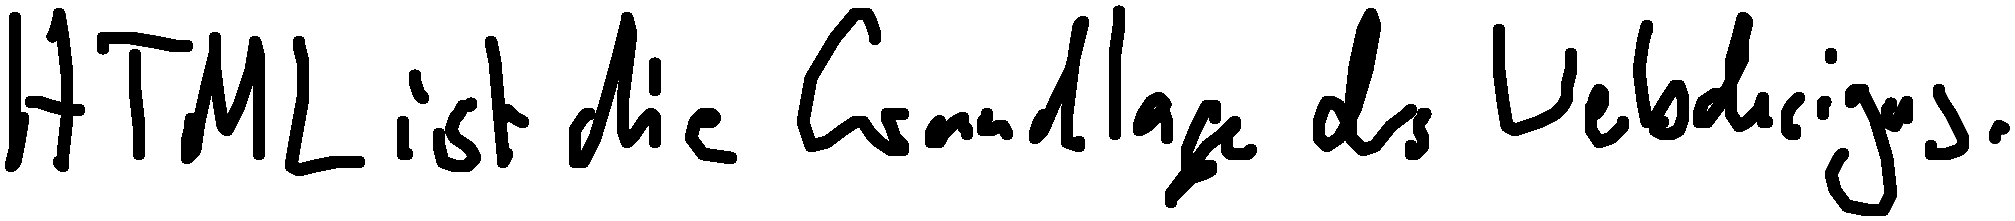
HTML ist die Grundlage des Webdesigns.